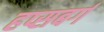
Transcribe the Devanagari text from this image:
हप्सबर्ग